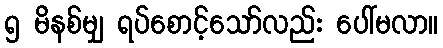
၅ မိနစ်မျှ ရပ်စောင့်သော်လည်း ပေါ်မလာ။